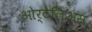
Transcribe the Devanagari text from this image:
ओर्टेलिअस